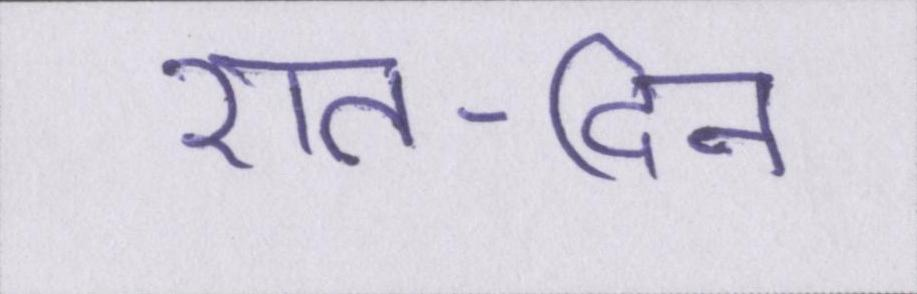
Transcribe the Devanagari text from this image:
रात-दिन